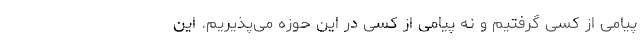
پیامی از کسی گرفتیم و نه پیامی از کسی در این حوزه می‌پذیریم. این